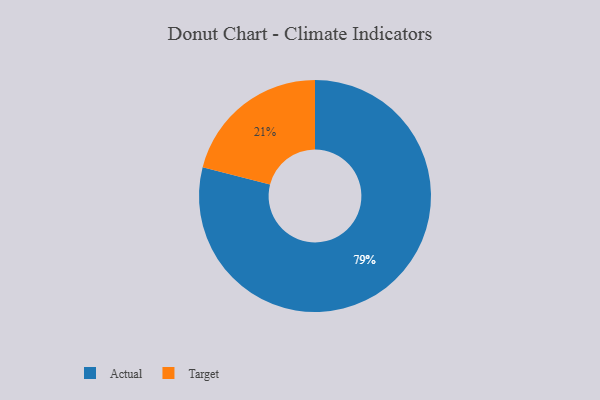
{"axis": {"x": "Category", "y": "Percentage"}, "legend": ["Actual", "Target"], "data": [{"x": "Target", "y": 21, "type": "Target"}, {"x": "Actual", "y": 79, "type": "Actual"}]}